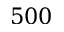
5 0 0